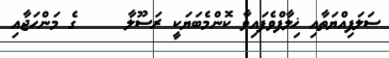
ސަލަފިއްޔަތާއި ޚިލާފްވެފައިވާ ކޮންމެބަޔަކީ ރަސޫލާ     ގެ މަންހަޖާއި